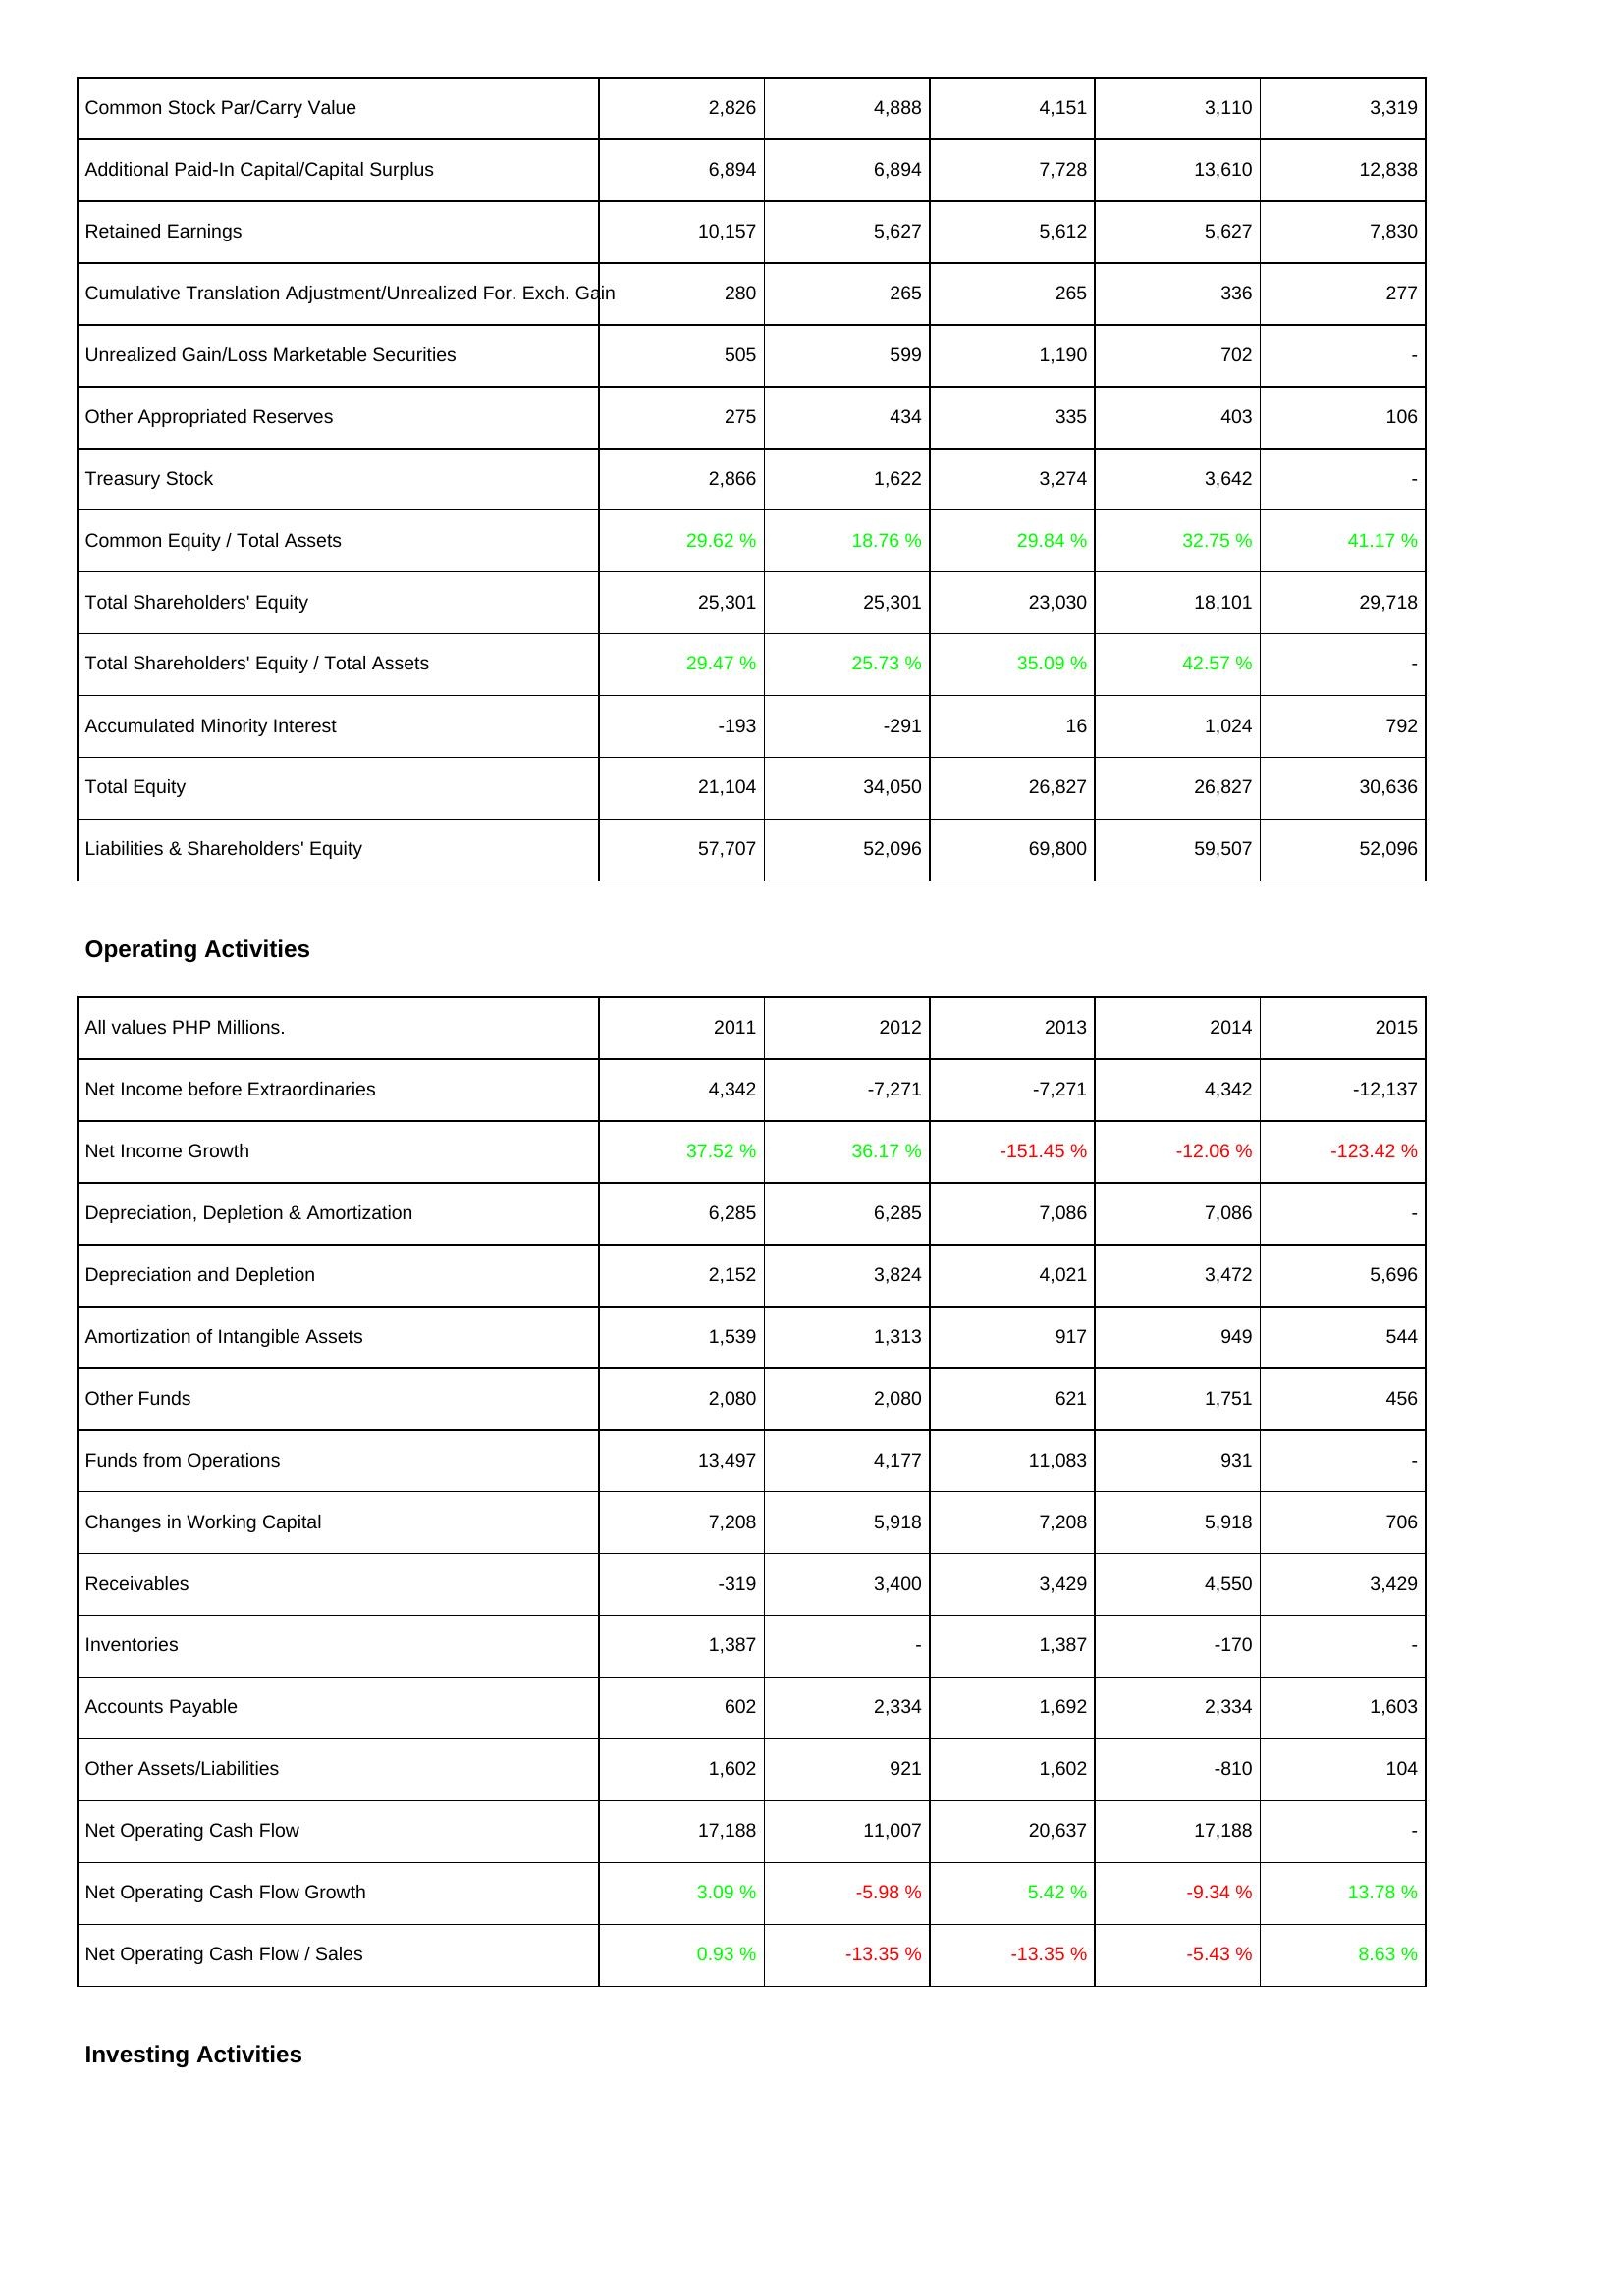
2011: Liabilities & Shareholders' Equity: Common Stock Par/Carry Value: 2,826
Additional Paid-In Capital/Capital Surplus: 6,894
Retained Earnings: 10,157
Cumulative Translation Adjustment/Unrealized For. Exch. Gain: 280
Unrealized Gain/Loss Marketable Securities: 505
Other Appropriated Reserves: 275
Treasury Stock: 2,866
Common Equity / Total Assets: 29.62 %
Total Shareholders' Equity: 25,301
Total Shareholders' Equity / Total Assets: 29.47 %
Accumulated Minority Interest: -193
Total Equity: 21,104
Liabilities & Shareholders' Equity: 57,707
Operating Activities: Net Income before Extraordinaries: 4,342
Net Income Growth: 37.52 %
Depreciation, Depletion & Amortization: 6,285
Depreciation and Depletion: 2,152
Amortization of Intangible Assets: 1,539
Other Funds: 2,080
Funds from Operations: 13,497
Changes in Working Capital: 7,208
Receivables: -319
Inventories: 1,387
Accounts Payable: 602
Other Assets/Liabilities: 1,602
Net Operating Cash Flow: 17,188
Net Operating Cash Flow Growth: 3.09 %
Net Operating Cash Flow / Sales: 0.93 %
2012: Liabilities & Shareholders' Equity: Common Stock Par/Carry Value: 4,888
Additional Paid-In Capital/Capital Surplus: 6,894
Retained Earnings: 5,627
Cumulative Translation Adjustment/Unrealized For. Exch. Gain: 265
Unrealized Gain/Loss Marketable Securities: 599
Other Appropriated Reserves: 434
Treasury Stock: 1,622
Common Equity / Total Assets: 18.76 %
Total Shareholders' Equity: 25,301
Total Shareholders' Equity / Total Assets: 25.73 %
Accumulated Minority Interest: -291
Total Equity: 34,050
Liabilities & Shareholders' Equity: 52,096
Operating Activities: Net Income before Extraordinaries: -7,271
Net Income Growth: 36.17 %
Depreciation, Depletion & Amortization: 6,285
Depreciation and Depletion: 3,824
Amortization of Intangible Assets: 1,313
Other Funds: 2,080
Funds from Operations: 4,177
Changes in Working Capital: 5,918
Receivables: 3,400
Inventories: -
Accounts Payable: 2,334
Other Assets/Liabilities: 921
Net Operating Cash Flow: 11,007
Net Operating Cash Flow Growth: -5.98 %
Net Operating Cash Flow / Sales: -13.35 %
2013: Liabilities & Shareholders' Equity: Common Stock Par/Carry Value: 4,151
Additional Paid-In Capital/Capital Surplus: 7,728
Retained Earnings: 5,612
Cumulative Translation Adjustment/Unrealized For. Exch. Gain: 265
Unrealized Gain/Loss Marketable Securities: 1,190
Other Appropriated Reserves: 335
Treasury Stock: 3,274
Common Equity / Total Assets: 29.84 %
Total Shareholders' Equity: 23,030
Total Shareholders' Equity / Total Assets: 35.09 %
Accumulated Minority Interest: 16
Total Equity: 26,827
Liabilities & Shareholders' Equity: 69,800
Operating Activities: Net Income before Extraordinaries: -7,271
Net Income Growth: -151.45 %
Depreciation, Depletion & Amortization: 7,086
Depreciation and Depletion: 4,021
Amortization of Intangible Assets: 917
Other Funds: 621
Funds from Operations: 11,083
Changes in Working Capital: 7,208
Receivables: 3,429
Inventories: 1,387
Accounts Payable: 1,692
Other Assets/Liabilities: 1,602
Net Operating Cash Flow: 20,637
Net Operating Cash Flow Growth: 5.42 %
Net Operating Cash Flow / Sales: -13.35 %
2014: Liabilities & Shareholders' Equity: Common Stock Par/Carry Value: 3,110
Additional Paid-In Capital/Capital Surplus: 13,610
Retained Earnings: 5,627
Cumulative Translation Adjustment/Unrealized For. Exch. Gain: 336
Unrealized Gain/Loss Marketable Securities: 702
Other Appropriated Reserves: 403
Treasury Stock: 3,642
Common Equity / Total Assets: 32.75 %
Total Shareholders' Equity: 18,101
Total Shareholders' Equity / Total Assets: 42.57 %
Accumulated Minority Interest: 1,024
Total Equity: 26,827
Liabilities & Shareholders' Equity: 59,507
Operating Activities: Net Income before Extraordinaries: 4,342
Net Income Growth: -12.06 %
Depreciation, Depletion & Amortization: 7,086
Depreciation and Depletion: 3,472
Amortization of Intangible Assets: 949
Other Funds: 1,751
Funds from Operations: 931
Changes in Working Capital: 5,918
Receivables: 4,550
Inventories: -170
Accounts Payable: 2,334
Other Assets/Liabilities: -810
Net Operating Cash Flow: 17,188
Net Operating Cash Flow Growth: -9.34 %
Net Operating Cash Flow / Sales: -5.43 %
2015: Liabilities & Shareholders' Equity: Common Stock Par/Carry Value: 3,319
Additional Paid-In Capital/Capital Surplus: 12,838
Retained Earnings: 7,830
Cumulative Translation Adjustment/Unrealized For. Exch. Gain: 277
Unrealized Gain/Loss Marketable Securities: -
Other Appropriated Reserves: 106
Treasury Stock: -
Common Equity / Total Assets: 41.17 %
Total Shareholders' Equity: 29,718
Total Shareholders' Equity / Total Assets: -
Accumulated Minority Interest: 792
Total Equity: 30,636
Liabilities & Shareholders' Equity: 52,096
Operating Activities: Net Income before Extraordinaries: -12,137
Net Income Growth: -123.42 %
Depreciation, Depletion & Amortization: -
Depreciation and Depletion: 5,696
Amortization of Intangible Assets: 544
Other Funds: 456
Funds from Operations: -
Changes in Working Capital: 706
Receivables: 3,429
Inventories: -
Accounts Payable: 1,603
Other Assets/Liabilities: 104
Net Operating Cash Flow: -
Net Operating Cash Flow Growth: 13.78 %
Net Operating Cash Flow / Sales: 8.63 %